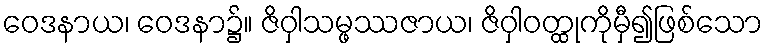
ဝေဒနာယ၊ ဝေဒနာ၌။ ဇိဝှါသမ္ဖဿဇာယ၊ ဇိဝှါဝတ္ထုကိုမှီ၍ဖြစ်သော